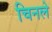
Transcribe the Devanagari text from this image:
चिनले